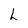
Character: h